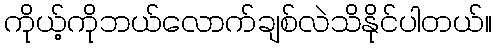
ကိုယ့်ကိုဘယ်လောက်ချစ်လဲသိနိုင်ပါတယ်။